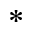
^ \ast